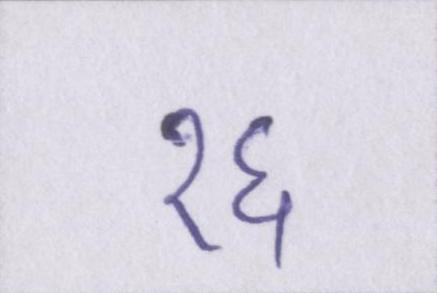
१६